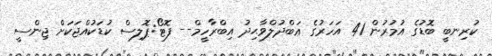
ކުރިނބީ ބޮޑުގެ އުމުރުން 41 އަހަރުގެ ޢަބްދުލްވާޙިދު އިބްރާހީމް-- ފޮޓޯ:ޕޮލިސް ކުޑަކުއްޖަކަށް ޖިންސީ